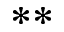
^ { * * }